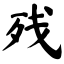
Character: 残